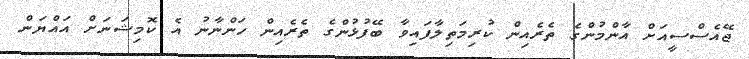
ޖޭއެސްސީއަށް އާންމުންގެ ތެރެއިން ކުރިމަތިލާފައިވާ ބޭފުޅުންގެ ތެރެއިން ހަންނާނު އެ ކޮމިޝަނަށް އައްޔަން